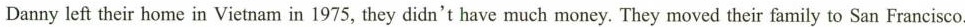
Danny left their home in Vietnam in 1975, they didn't have much money. They moved their family to San Francisco.